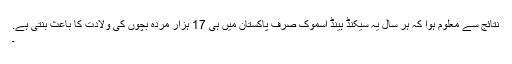
نتائج سے معلوم ہوا کہ ہر سال یہ سیکنڈ ہینڈ اسموک صرف پاکستان میں ہی 17 ہزار مردہ بچوں کی ولادت کا باعث بنتی ہے.
۔